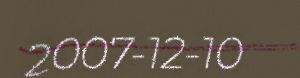
2007-12-10